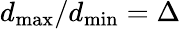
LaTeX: d_{\operatorname*{max}}/d_{\operatorname*{min}}=\Delta